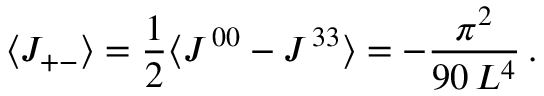
\langle J _ { + - } \rangle = \frac { 1 } { 2 } \langle J ^ { \, 0 0 } - J ^ { \, 3 3 } \rangle = - \frac { \pi ^ { 2 } } { 9 0 \, L ^ { 4 } } \, .